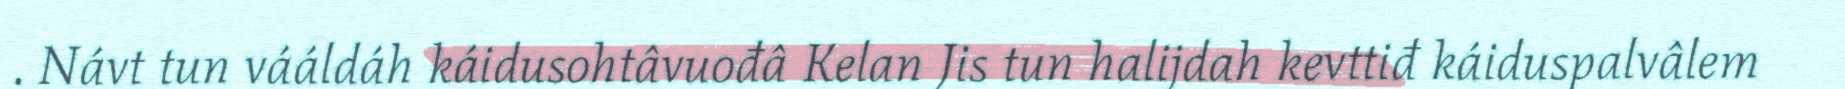
. Návt tun vááldáh káidusohtâvuođâ Kelan Jis tun halijdah kevttiđ káiduspalvâlem